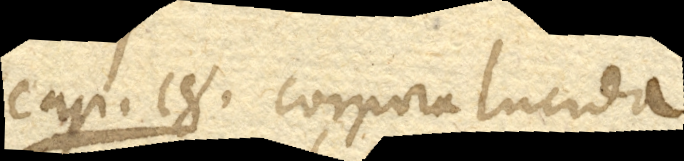
Cap. 18. Corpora lucida